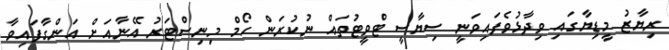
ރިޔާޒު މީޑިޔާގައި ވިދާޅުވެފައިވަނީ ސިޔާސީ ޓްވީޓުތައް ނުކުރަން ހޯމް މިނިސްޓަރު އޭނާއަށް އަންގާފައިވާ